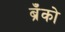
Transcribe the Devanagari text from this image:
ब्रँको